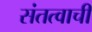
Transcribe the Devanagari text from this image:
संतत्वाची